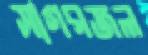
সাগরজল